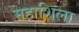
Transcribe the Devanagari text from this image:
महाशिला